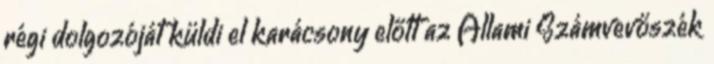
régi dolgozóját küldi el karácsony előtt az Állami Számvevőszék